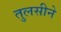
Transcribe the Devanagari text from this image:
तुलसीने